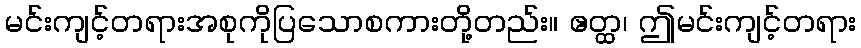
မင်းကျင့်တရားအစုကိုပြသောစကားတို့တည်း။ ဧတ္ထ၊ ဤမင်းကျင့်တရား